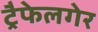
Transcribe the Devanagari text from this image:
ट्रैफेलगेर